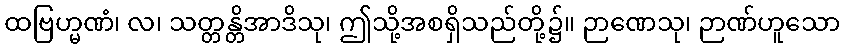
ထဗြဟ္မဏံ၊ လ၊ သတ္တန္တိအာဒိသု၊ ဤသို့အစရှိသည်တို့၌။ ဉာဏေသု၊ ဉာဏ်ဟူသော